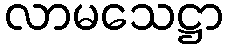
လာမသေဋ္ဌာ